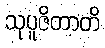
သုပူဇိတာတိ